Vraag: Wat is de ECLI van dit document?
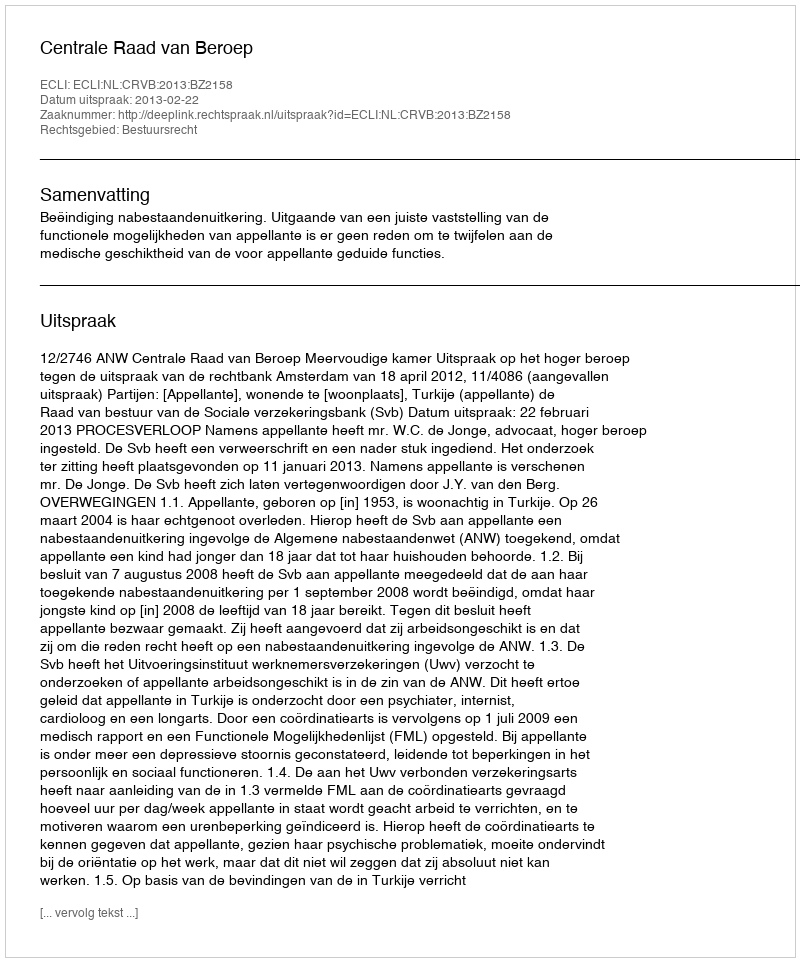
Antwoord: ECLI:NL:CRVB:2013:BZ2158